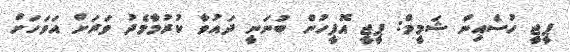
ޕީޖީ ހުސެއިން ޝަމީމް: ޕީޖީ އޮފީހުން ބުނަނީ ދައުވާ ކުރުމާމެދު ވަރަށް އަވަހަށް